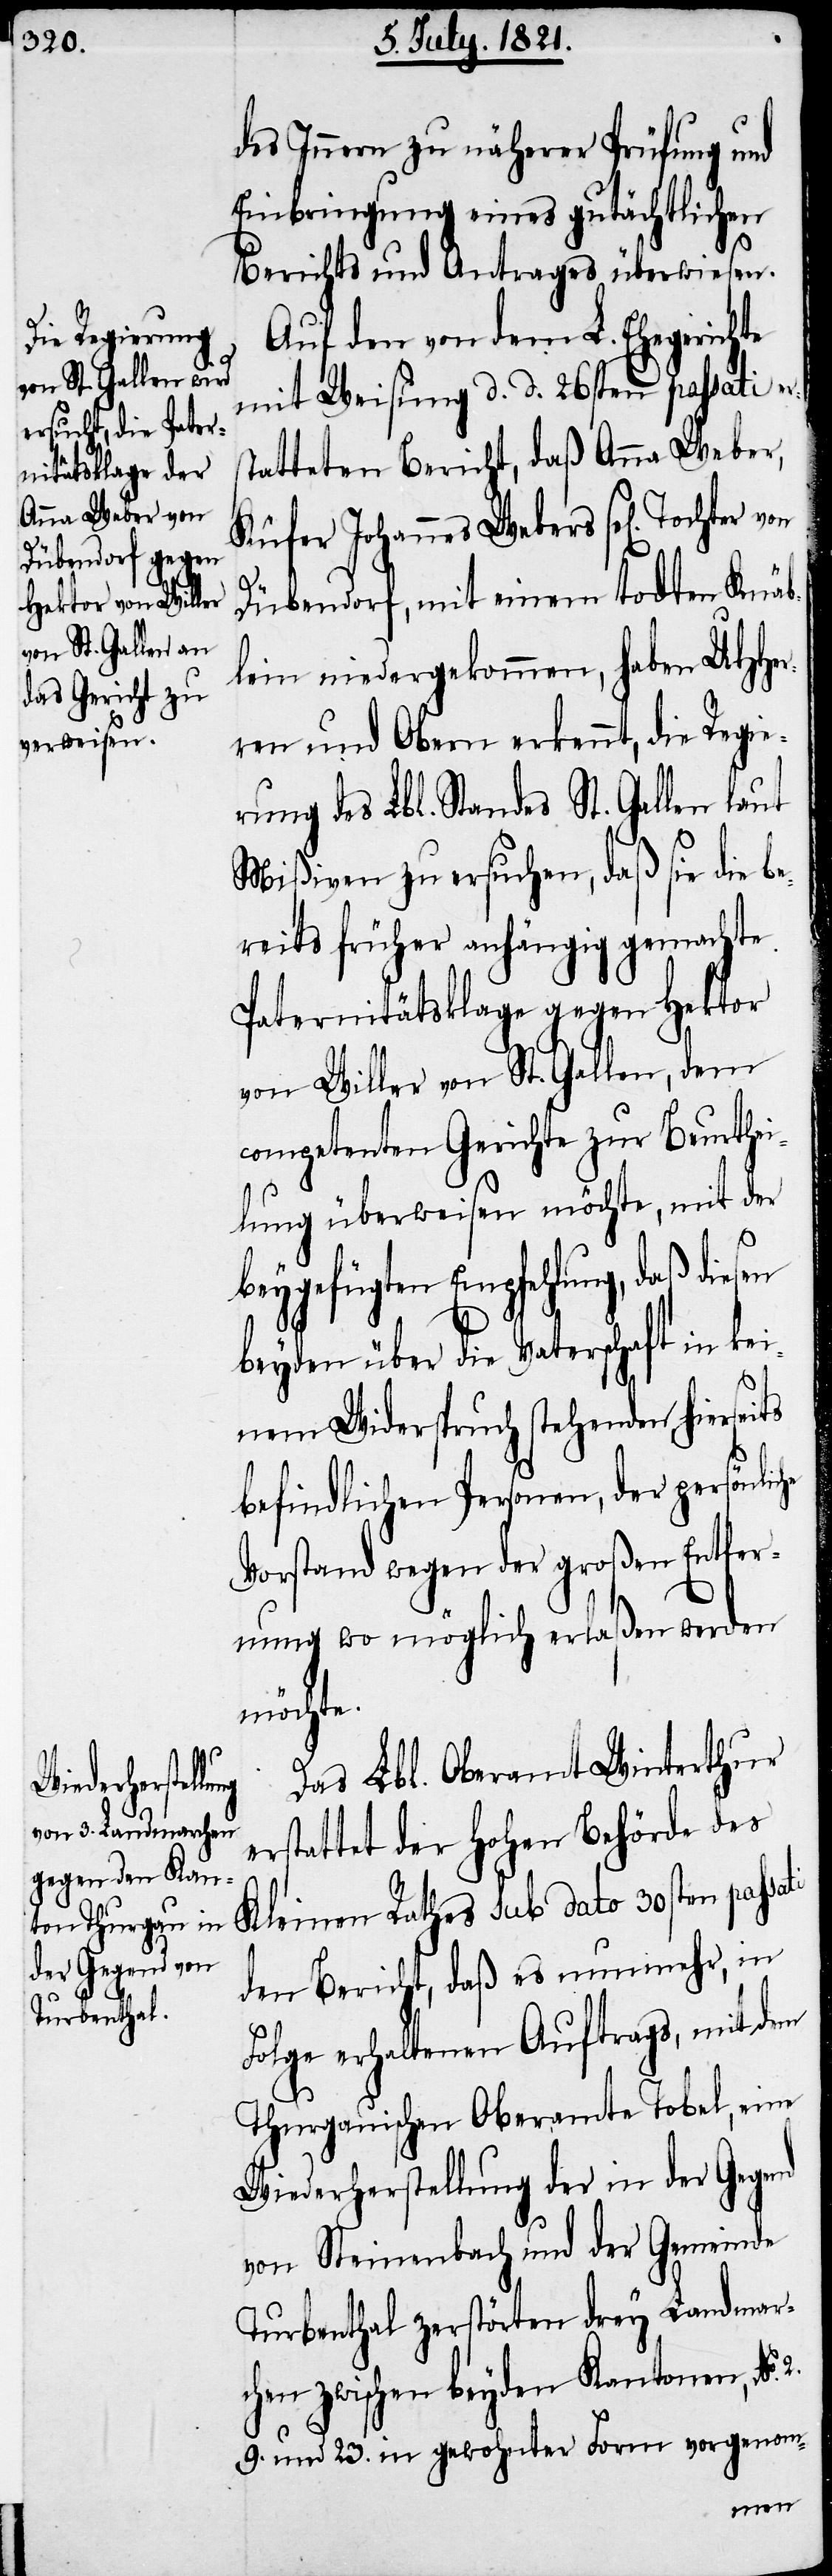
des Innern zu näherer Prüfung und
Einbringung eines gutächtlichen
Berichts und Antrags überwiesen.
Auf den von dem L. Ehegerichte
mit Weisung d. d. 26sten passati er¬
tatteten Bericht, daß Anna Weber,
Küfer Johannes Webers sel[igen]
ati
Dübendorf, mit einem todten Knäb¬
lein niedergekommen, haben UHHer¬
ren und Obern erkennt, die Regie¬
rung des Lbl. Standes St. Gallen laut
Mißiven zu ersuchen, daß sie die b¬
ereits früher anhängig gemachte
Paternitätsklage gegen Hektor
von Willer von St. Gallen, dem
competenten Gerichte zur Beurthei¬
lung überweisen möchte, mit der
beygefügten Empfehlung, daß diesen
beyden über die Vaterschaft in k¬
einem Widerspruch stehenden hiersei¬
befindlichen Personen, der persönli¬
Vorstand werden der großen Entfer¬
nung wo möglich erlaßen werden
möchte.
Das Lbl. Oberamt Winterthur
erstattet der hohen Behörde des
Kleinen Rathes sub dato 30sten pass¬
den Bericht, daß es nunmehr, in
Folge erhaltenen Auftrags, mit dem
Thurgauischen Oberamte Tobel, eine
Wiederherstellung der in der Gegend
von Steinenbach und der Gemeinde
Turbenthal zerstörten drey Landmar¬
chen zwischen beyden Kantonen, No.
9. und 23. in gewohnter Form vorgenom-